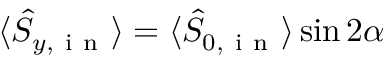
\langle \hat { S } _ { y , \mathrm { ~ i ~ n ~ } } \rangle = \langle \hat { S } _ { 0 , \mathrm { ~ i ~ n ~ } } \rangle \sin { 2 \alpha }